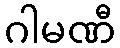
ဂါမဏီ